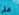
علي